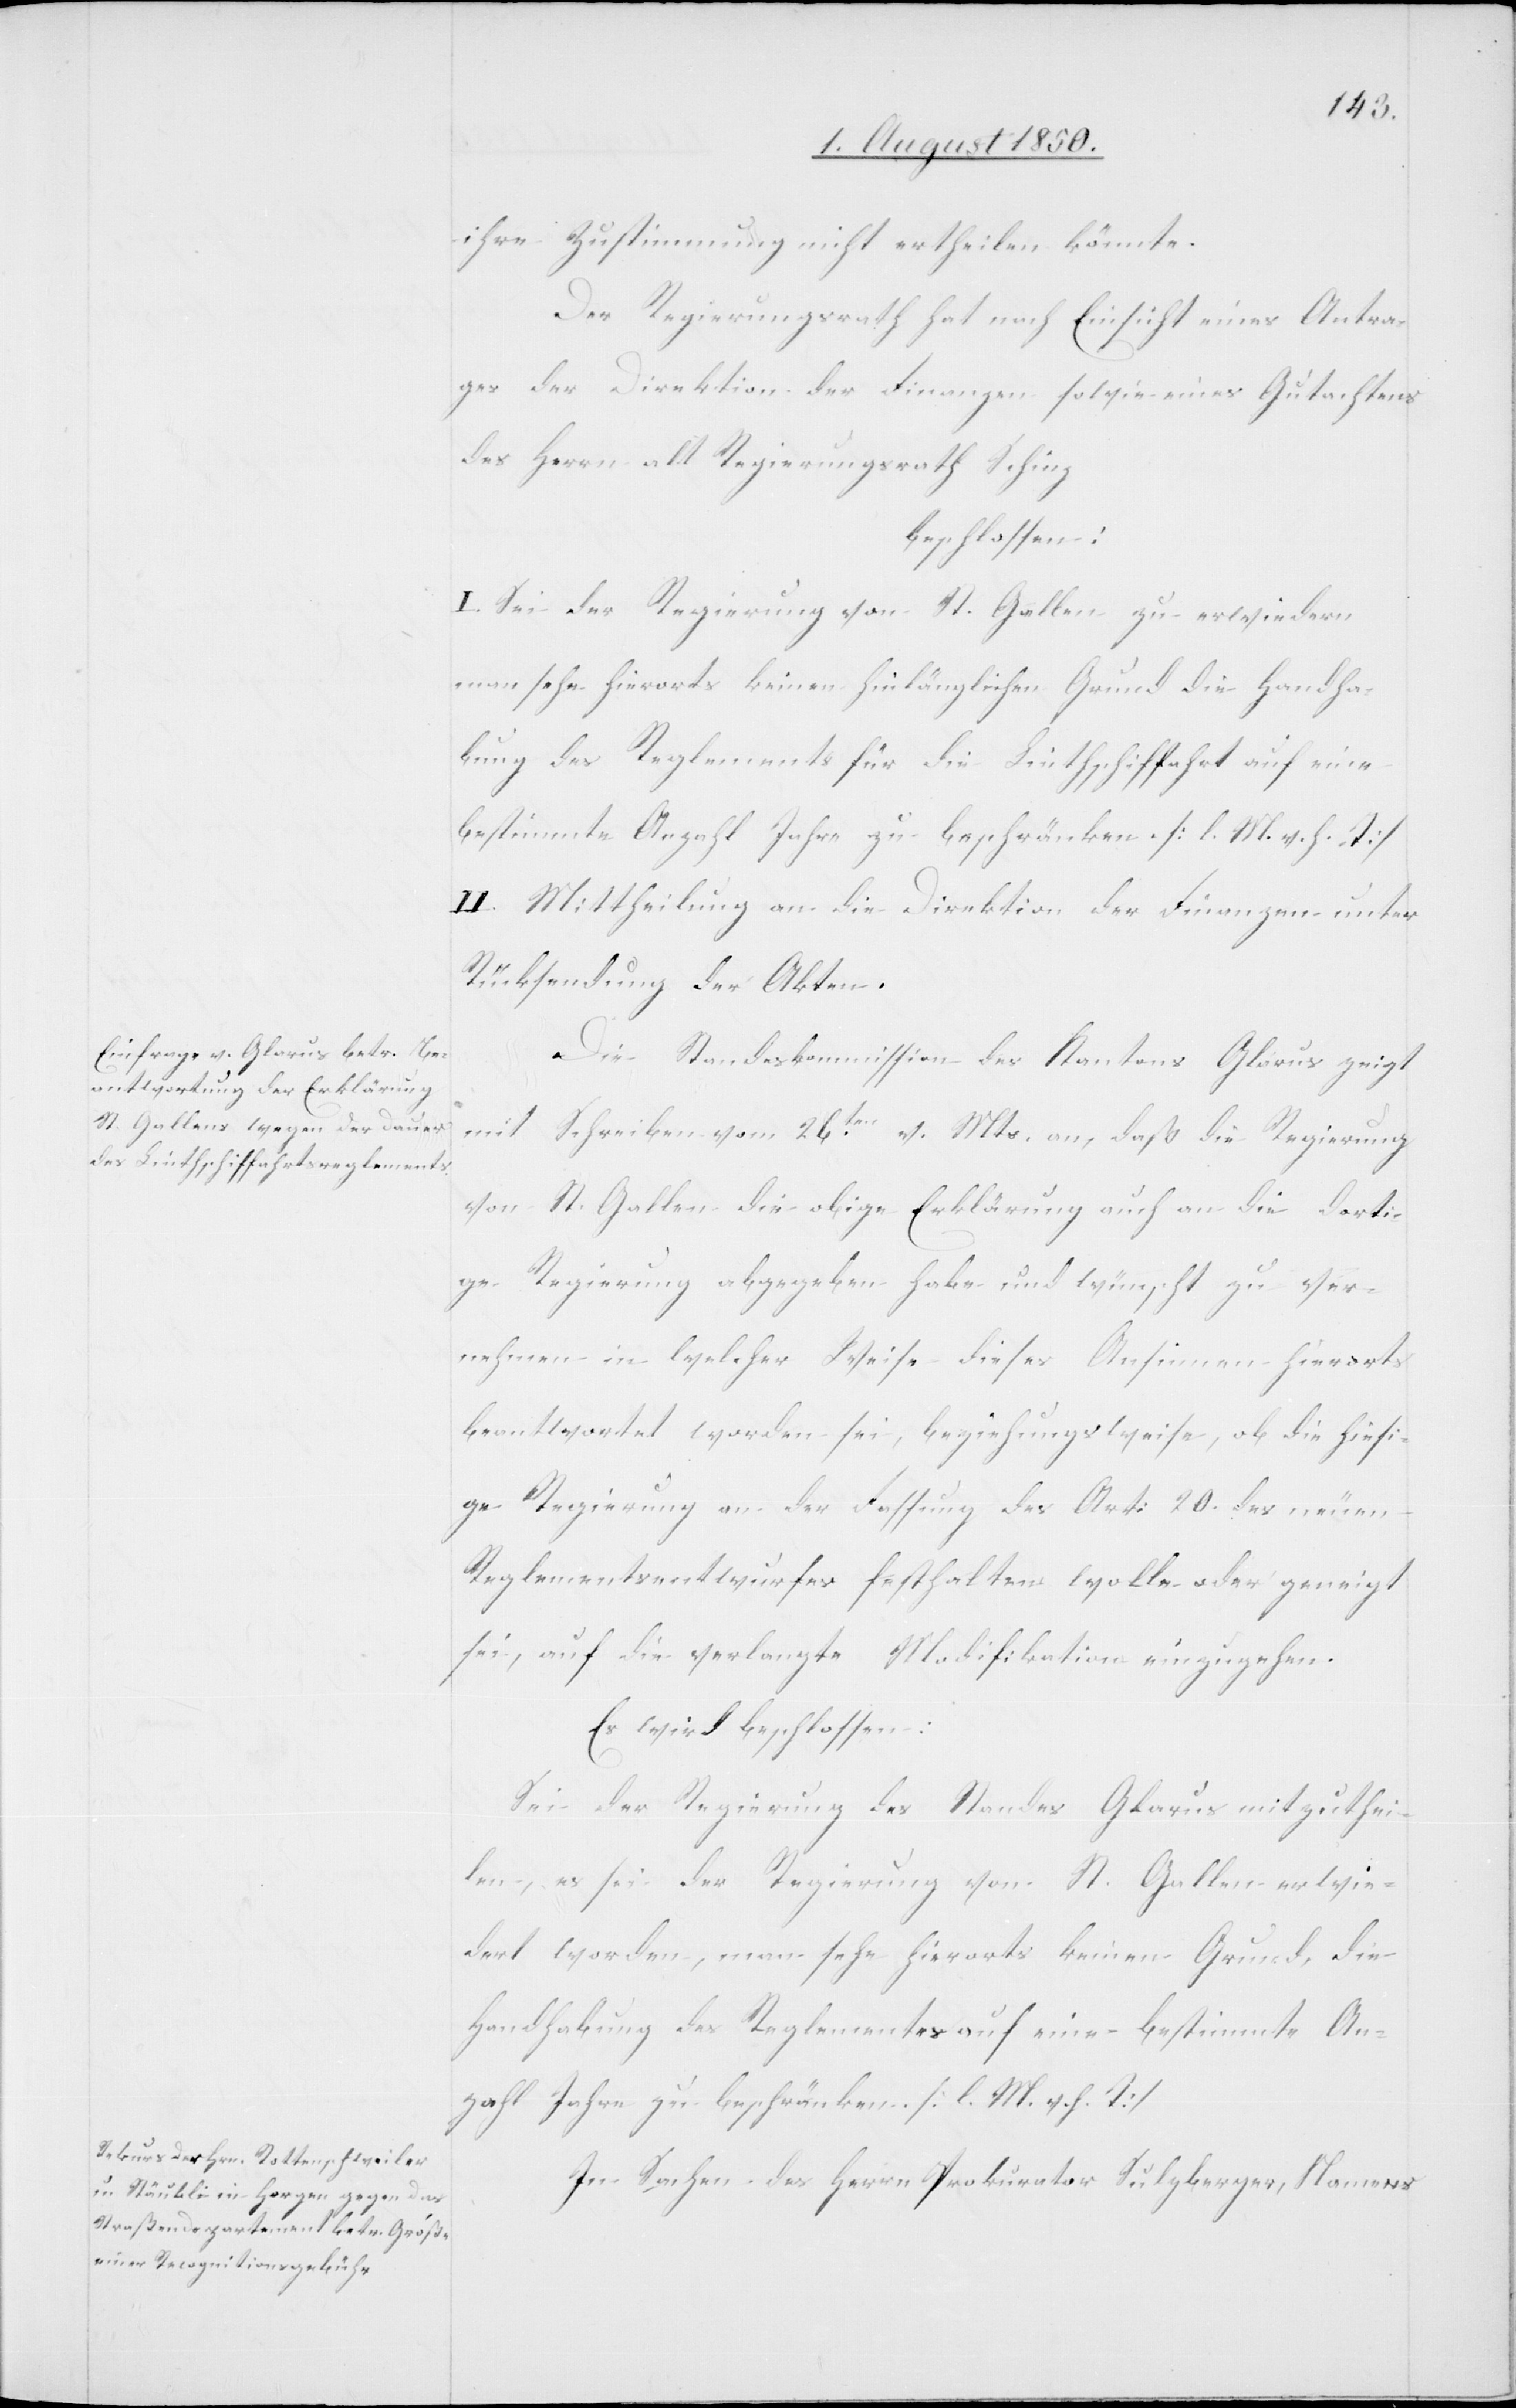
ihre Zustimmung nicht ertheilen könnte.
Der Regierungsrath hat nach Einsicht eines Antra¬
ges der Direktion der Finanzen sowie eines Gutachtens
des Herrn alt Regierungsrath Schinz
beschlossen:
I. Sei der Regierung von St. Gallen zu erwiedern
man sehe hierorts keinen hinlänglichen Grund die Handha¬
bung des Reglements für die Linthschiffahrt auf eine
bestimmte Anzahl Jahre zu beschränken. [l. M. v. h. T]
II. Mittheilung an die Direktion der Finanzen unter
Rücksendung der Akten.
Die Standeskommission des Kantons Glarus zeigt
mit Schreiben vom 26ten v. Mts. an, daß die Regierung
von St. Gallen die obige Erklärung auch an die dorti¬
ge Regierung abgegeben habe und wünscht zu ver¬
nehmen in welcher Weise dieses Ansinnen hierorts
beantwortet worden sei, beziehungsweise, ob die hiesi¬
ge Regierung an der Fassung des Art: 20. des neuen
Reglementsentwurfes festhalten wolle oder geneigt
sei, auf die verlangte Modifikation einzugehen.
Es wird beschlossen:
Sei der Regierung des Standes Glarus mitzuthei¬
len, es sei der Regierung von St. Gallen erwie¬
dert worden, man sehe hierorts keinen Grund, die
Handhabung des Reglementes auf eine bestimmte An¬
zahl Jahre zu beschränken. [l. M. v. h. T]
In Sachen des Herrn Prokurator Sulzberger, Namens